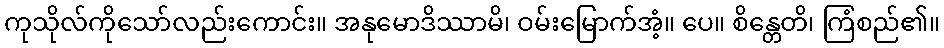
ကုသိုလ်ကိုသော်လည်းကောင်း။ အနုမောဒိဿာမိ၊ ဝမ်းမြောက်အံ့။ ပေ။ စိန္တေတိ၊ ကြံစည်၏။